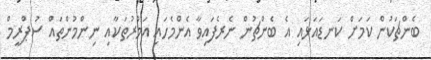
ބެންޗަކުން ކަމަށް ކަނޑައަޅައި އެ ބެންޗުން ނެރެފައިވާ އެންމެހައި އަމުރުތަކާއި ނިންމުންތައް ސުޕްރީމް